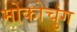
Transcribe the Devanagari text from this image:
मोकोचुंग